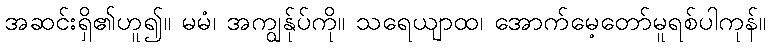
အဆင်းရှိ၏ဟူ၍။ မမံ၊ အကျွန်ုပ်ကို။ သရေယျာထ၊ အောက်မေ့တော်မူရစ်ပါကုန်။